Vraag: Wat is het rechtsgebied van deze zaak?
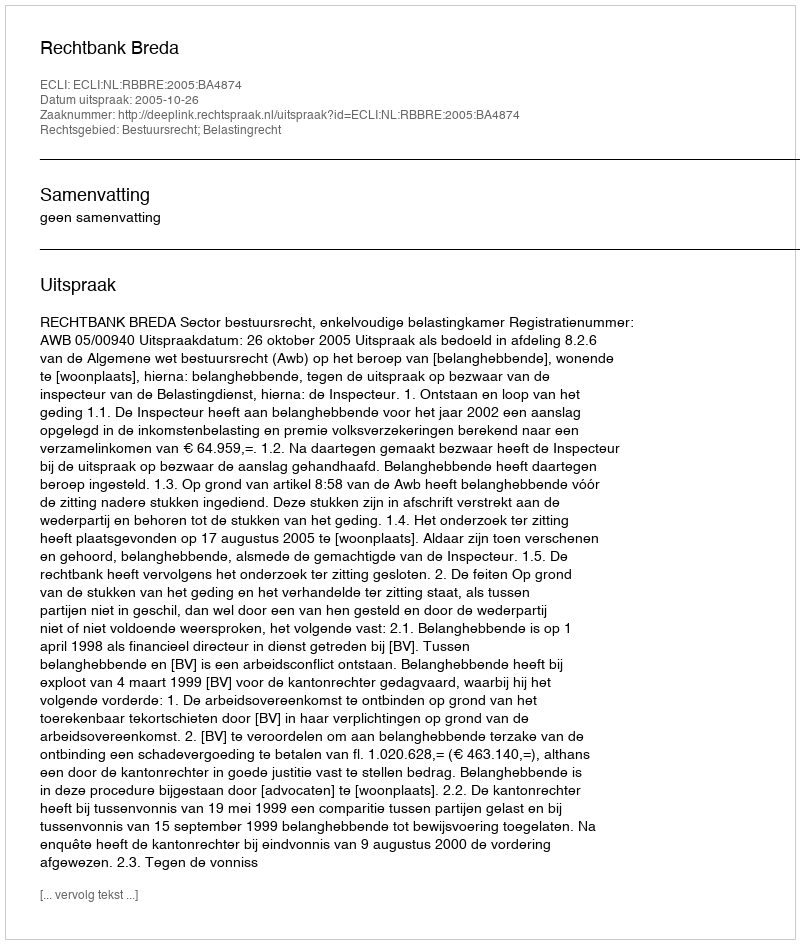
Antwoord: Bestuursrecht; Belastingrecht